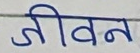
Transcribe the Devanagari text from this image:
जीवन